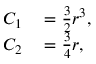
\begin{array} { r l } { C _ { 1 } } & { { } = { \frac { 3 } { 2 } } r ^ { 3 } , } \\ { C _ { 2 } } & { { } = { \frac { 3 } { 4 } } r , } \end{array}